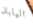
اليابان